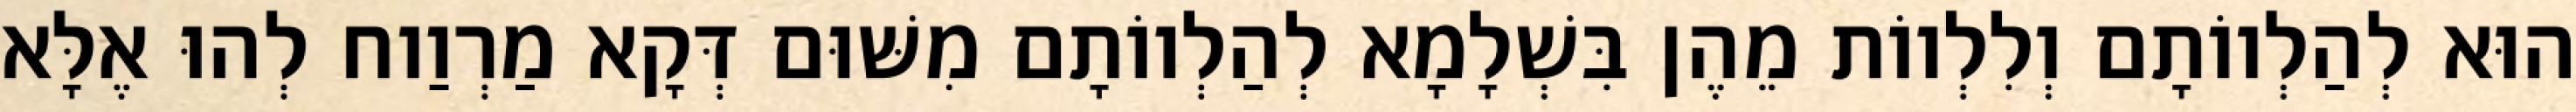
הוּא לְהַלְווֹתָם וְלִלְווֹת מֵהֶן בִּשְׁלָמָא לְהַלְווֹתָם מִשּׁוּם דְּקָא מַרְוַוח לְהוּ אֶלָּא